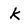
Character: k